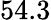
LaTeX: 54.3